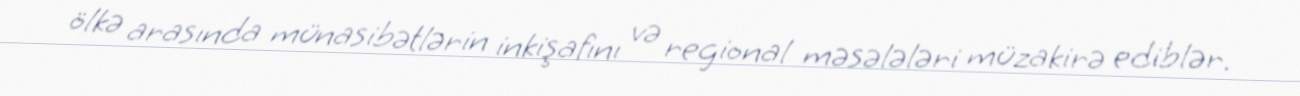
ölkə arasında münasibətlərin inkişafını və regional məsələləri müzakirə ediblər.